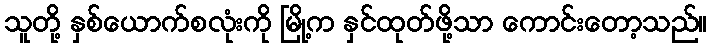
သူတို့ နှစ်ယောက်စလုံးကို မြို့က နှင်ထုတ်ဖို့သာ ကောင်းတော့သည်။